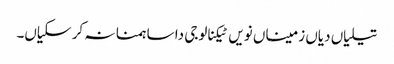
تیلیاں دیاں زمیناں نویں ٹیکنالوجی دا ساہمنا نہ کر سکیاں۔